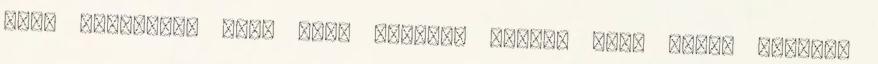
vagy legfelül, vagy igen dobogós helyen van. Ilyen például